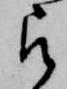
被